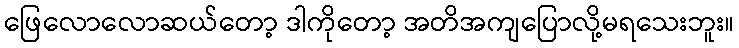
ဖြေလောလောဆယ်တော့ ဒါကိုတော့ အတိအကျပြောလို့မရသေးဘူး။